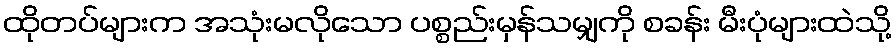
ထိုတပ်များက အသုံးမလိုသော ပစ္စည်းမှန်သမျှကို စခန်း မီးပုံများထဲသို့